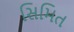
સિમિત